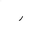
Letter: _ra